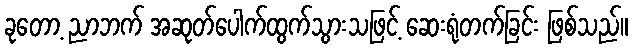
ခုတော့ ညာဘက် အဆုတ်ပေါက်ထွက်သွားသဖြင့် ဆေးရုံတက်ခြင်း ဖြစ်သည်။